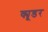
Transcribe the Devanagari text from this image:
क्यूडर